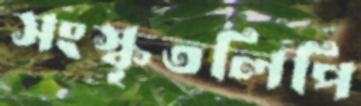
সংস্কৃতলিপি